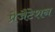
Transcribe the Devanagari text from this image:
प्रेजैंटेशन